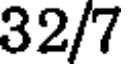
32/7